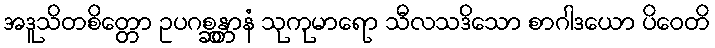
အဒူသိတစိတ္တော ဥပဂစ္ဆန္တာနံ သုကုမာရော သီလသဒိသော စာဂါဒယော ပိဝေတိ